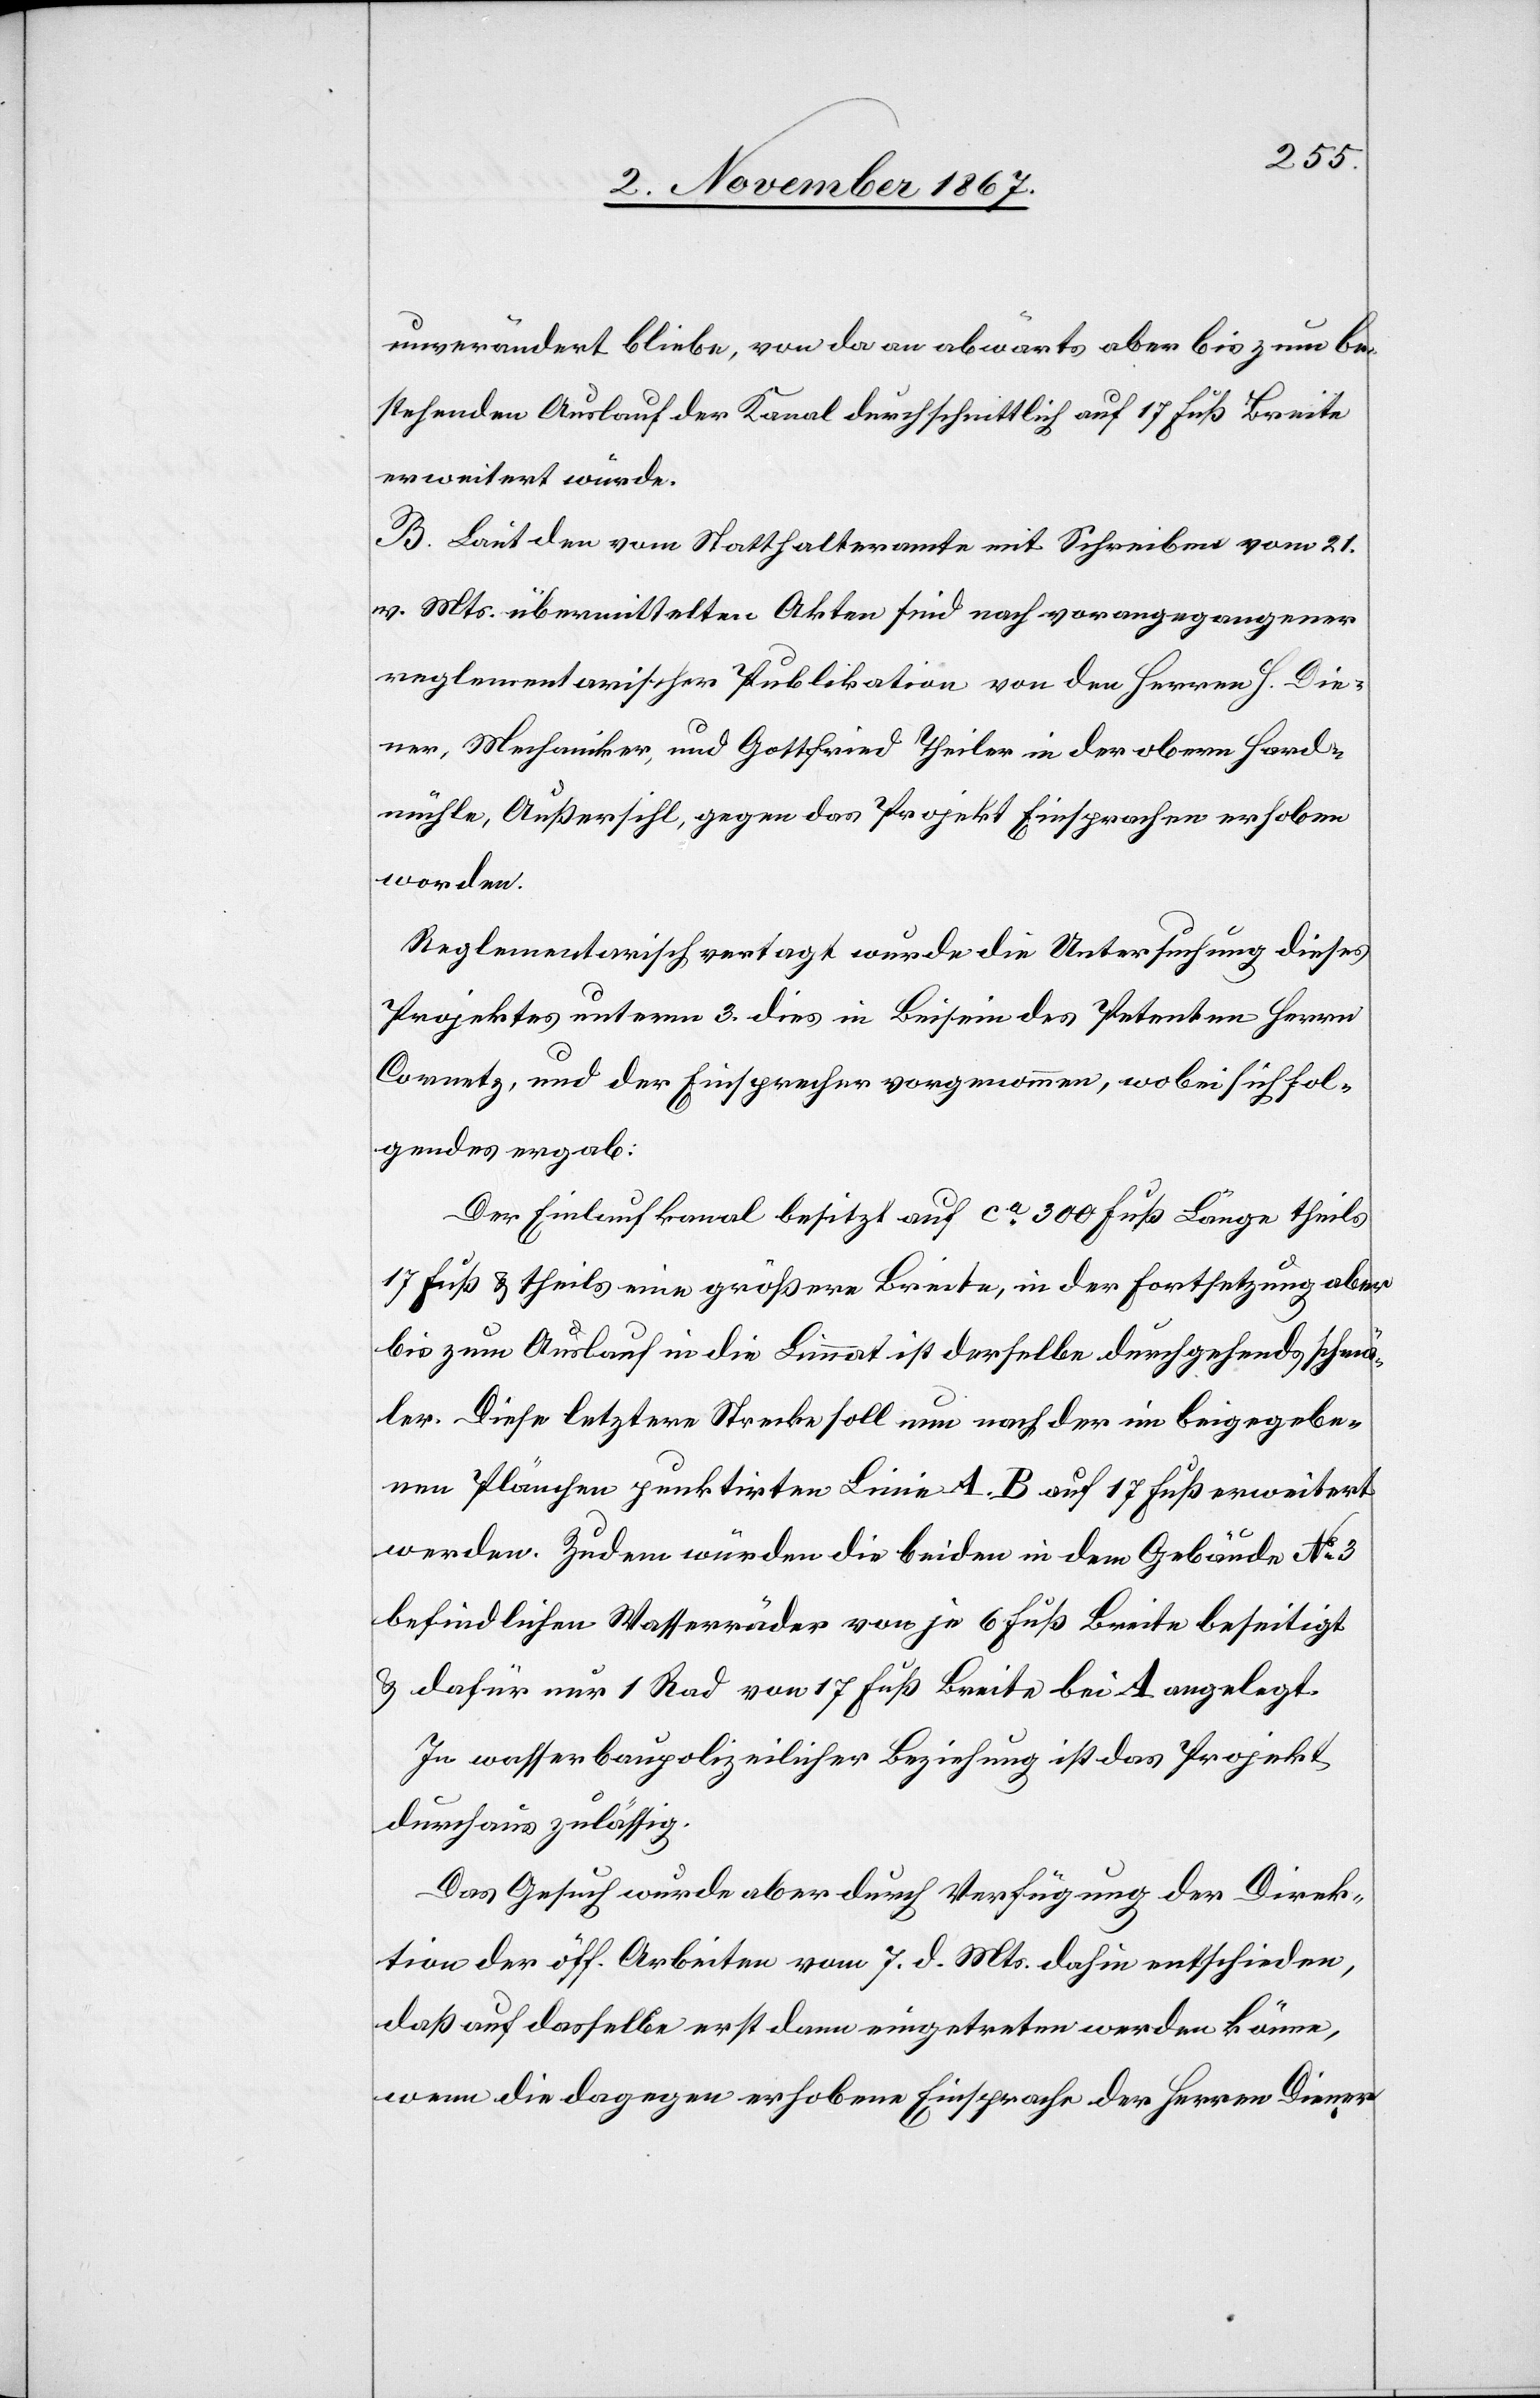
unverändert bliebe, von da an abwärts aber bis zum be¬
stehenden Auslauf der Kanal durchschnittlich auf 17 Fuß Breite
erweitert würde.
B. Laut den vom Statthalteramte mit Schreiben vom 21.
v. Mts. übermittelten Akten sind nach vorangegangener
reglementarischer Publikation von den Herren H. Die¬
ner, Mechaniker, und Gottfried Theiler in der obern Hard¬
mühle, Außersihl, gegen das Projekt Einsprachen erhoben
worden.
Reglementarisch vertagt wurde die Untersuchung dieses
Projektes unterm 3. dies in Beisein des Petenten Herrn
Cornetz, und der Einsprecher vorgenommen, wobei sich fol¬
gendes ergab:
Der Einlaufkanal besitzt auf ca. 300 Fuß Länge theils
17 Fuß u. theils eine größere Breite, in der Fortsetzung aber
bis zum Auslauf in die Limmat ist derselbe durchgehend schmä¬
ler. Diese letztere Strecke soll nun nach der im beigegebe¬
nen Plänchen punktirten Linie A.B auf 17 Fuß erweitert
werden. Zudem würden die beiden in dem Gebäude No. 3
befindlichen Wasserräder von je 6 Fuß Breite beseitigt
u. dafür nur 1 Rad von 17Fuß Breite bei A angelegt.
In wasserbaupolizeilicher Beziehung ist das Projekt
durchaus zulässig.
Das Gesuch wurde aber durch Verfügung der Direk¬
tion der öff. Arbeiten vom 7. d. Mts. dahin entschieden,
daß auf dasselbe erst dann eingetreten werden könne,
wenn die dagegen erhobene Einsprache der Herren Diener